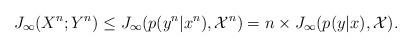
LaTeX: \begin{align*} J_{\infty}(X^n;Y^n) & \le J_{\infty}(p(y^n|x^n), \mathcal{X}^n) = n\times J_{\infty}(p(y|x), \mathcal{X}).\end{align*}